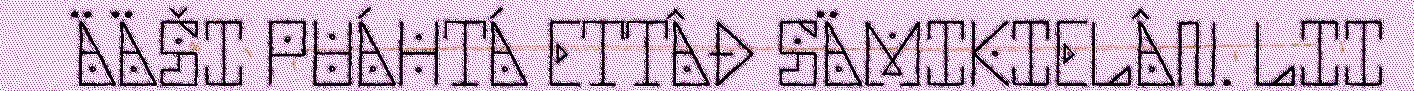
ÄÄŠI PUÁHTÁ ETTÂĐ SÄMIKIELÂN. LII